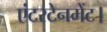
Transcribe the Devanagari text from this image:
एंटरटेनमेंट।